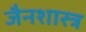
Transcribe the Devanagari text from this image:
जैनशास्त्र